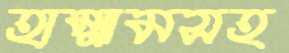
হাম্মামসহ